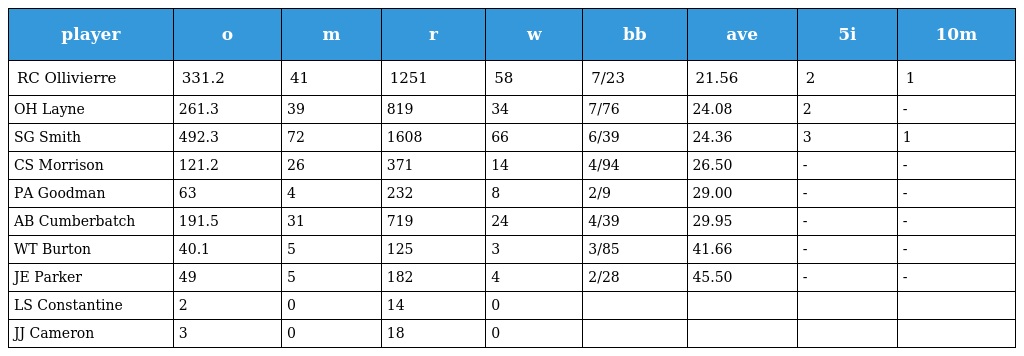
| player | o | m | r | w | bb | ave | 5i | 10m |
 | --- | --- | --- | --- | --- | --- | --- | --- | --- |
 | RC Ollivierre | 331.2 | 41 | 1251 | 58 | 7/23 | 21.56 | 2 | 1 |
 | OH Layne | 261.3 | 39 | 819 | 34 | 7/76 | 24.08 | 2 | - |
 | SG Smith | 492.3 | 72 | 1608 | 66 | 6/39 | 24.36 | 3 | 1 |
 | CS Morrison | 121.2 | 26 | 371 | 14 | 4/94 | 26.50 | - | - |
 | PA Goodman | 63 | 4 | 232 | 8 | 2/9 | 29.00 | - | - |
 | AB Cumberbatch | 191.5 | 31 | 719 | 24 | 4/39 | 29.95 | - | - |
 | WT Burton | 40.1 | 5 | 125 | 3 | 3/85 | 41.66 | - | - |
 | JE Parker | 49 | 5 | 182 | 4 | 2/28 | 45.50 | - | - |
 | LS Constantine | 2 | 0 | 14 | 0 |  |  |  |  |
 | JJ Cameron | 3 | 0 | 18 | 0 |  |  |  |  |